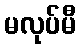
မလုပ်မီ